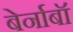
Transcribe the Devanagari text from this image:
बेर्नाबॉ